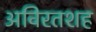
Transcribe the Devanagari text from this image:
अविरतशह